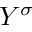
Y ^ { \sigma }